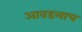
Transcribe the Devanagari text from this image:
आवडलाच